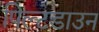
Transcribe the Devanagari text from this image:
पिल्टडाउन